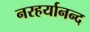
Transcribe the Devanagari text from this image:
नरहर्यानन्द